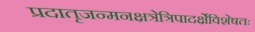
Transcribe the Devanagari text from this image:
प्रदातृजन्मनक्षत्रेत्रिपादर्क्षेविशेषतः